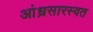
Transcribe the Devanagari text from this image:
आंध्रसारस्वत